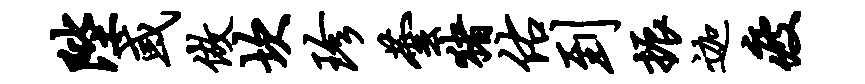
陛或做坎珍芸猪佑到振迦疲